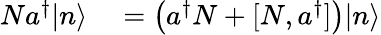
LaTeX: \begin{array}{rl}{Na^{\dagger}|n\rangle}&{{}=\left(a^{\dagger}N+[N,a^{\dagger}]\right)|n\rangle}\end{array}